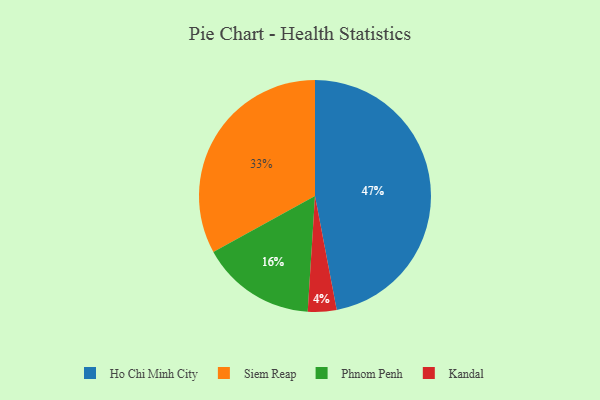
{"axis": {"x": "Category", "y": "Percentage"}, "legend": ["Ho Chi Minh City", "Kandal", "Phnom Penh", "Siem Reap"], "data": [{"x": "Kandal", "y": 4, "type": "Kandal"}, {"x": "Ho Chi Minh City", "y": 47, "type": "Ho Chi Minh City"}, {"x": "Siem Reap", "y": 33, "type": "Siem Reap"}, {"x": "Phnom Penh", "y": 16, "type": "Phnom Penh"}]}